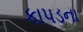
કાપડના